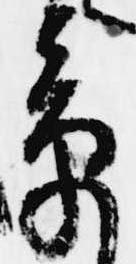
章